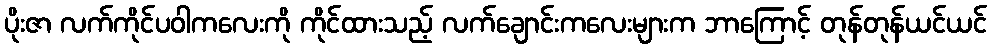
ပိုးဇာ လက်ကိုင်ပဝါကလေးကို ကိုင်ထားသည့် လက်ချောင်းကလေးများက ဘာကြောင့် တုန်တုန်ယင်ယင်